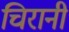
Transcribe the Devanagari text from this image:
चिरानी